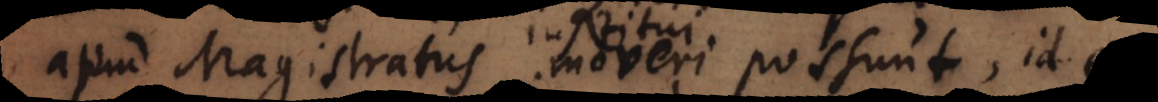
apud Magistratus moveri possunt, id